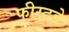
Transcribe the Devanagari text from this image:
फीस्टडे